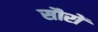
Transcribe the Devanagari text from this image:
सौरों